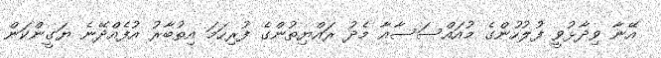
އޭނާ ވިދާޅުވީ ފުލުހުންގެ މުއައްސަސާއާ މެދު ރައްޔިތުންގެ ފުރިހަމަ އިތުބާރު އުފެއްދޭނެ ޔަގީންކަން